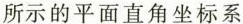
所示的平面直角坐标系